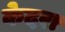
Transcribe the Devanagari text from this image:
केदरा